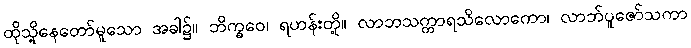
ထိုသို့နေတော်မူသော အခါ၌။ ဘိက္ခဝေ၊ ရဟန်းတို့။ လာဘသက္ကာရသိလောကော၊ လာဘ်ပူဇော်သကာ